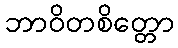
ဘာဝိတစိတ္တော